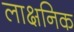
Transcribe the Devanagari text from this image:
लाक्षनिक